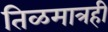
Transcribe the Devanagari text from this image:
तिळमात्रही